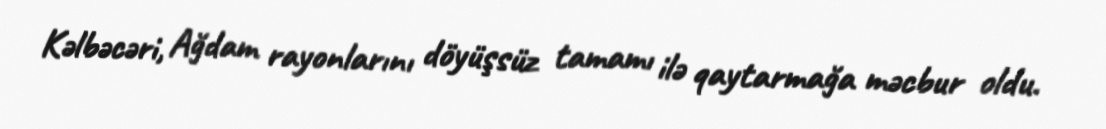
Kəlbəcəri, Ağdam rayonlarını döyüşsüz tamamı ilə qaytarmağa məcbur oldu.